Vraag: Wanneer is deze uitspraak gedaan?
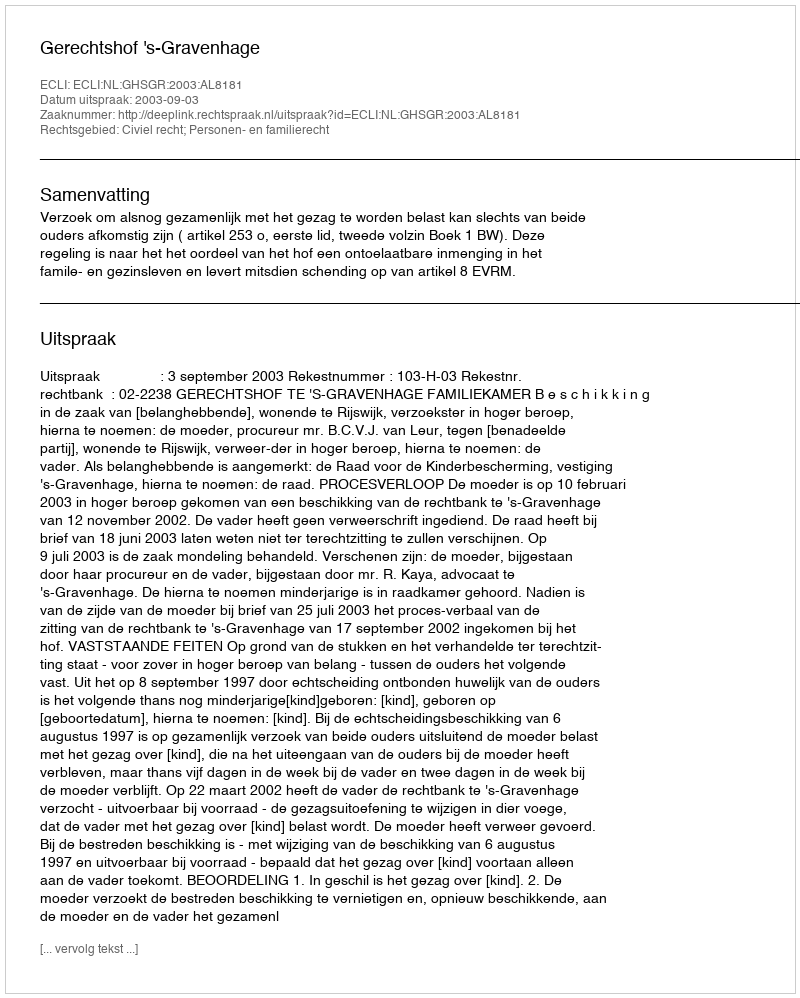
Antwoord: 2003-09-03